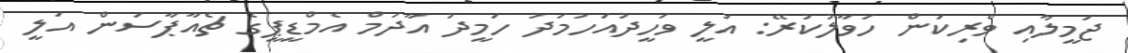
ޖަމީލާއި ވެރިކަން ހަވާލުކުރޭ: އަލީ ވަހީދުއަހުމަދު ހަމީދު އާދަމް އެމްޑީޕީގެ ޗެއާޕާސަން އަލީ